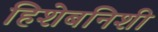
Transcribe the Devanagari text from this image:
हिशेबनिशी